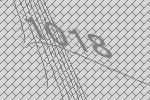
1018